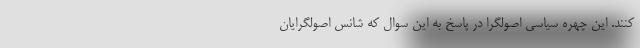
کنند. این چهره سیاسی اصولگرا در پاسخ به این سوال که شانس اصولگرایان